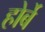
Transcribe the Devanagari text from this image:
होर्बे